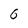
Character: 6